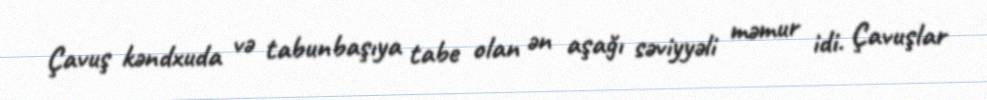
Çavuş kəndxuda və tabunbaşıya tabe olan ən aşağı səviyyəli məmur idi. Çavuşlar